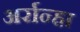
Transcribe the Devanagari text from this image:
अर्रान्हा